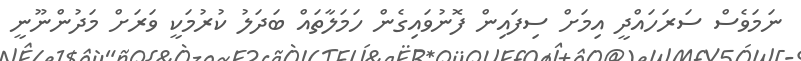
ނަމަވެސް ސަރަހައްދީ އިމަށް ސިފައިން ފޮނުވައިގެން ހަމަލާތައް ބަދަލު ކުރުމަކީ ވަރަށް މަދުންނޫނީ